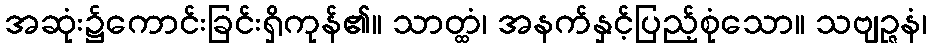
အဆုံး၌ကောင်းခြင်းရှိကုန်၏။ သာတ္ထံ၊ အနက်နှင့်ပြည့်စုံသော။ သဗျဉ္ဇနံ၊